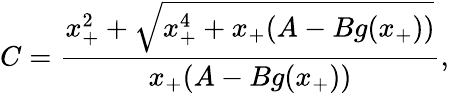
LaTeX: C=\frac{x_{+}^{2}+\sqrt{x_{+}^{4}+x_{+}(A-Bg(x_{+}))}}{x_{+}(A-Bg(x_{+}))},